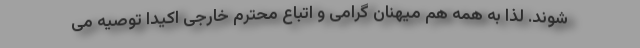
شوند. لذا به همه هم میهنان گرامی و اتباع محترم خارجی اکیدا توصیه می